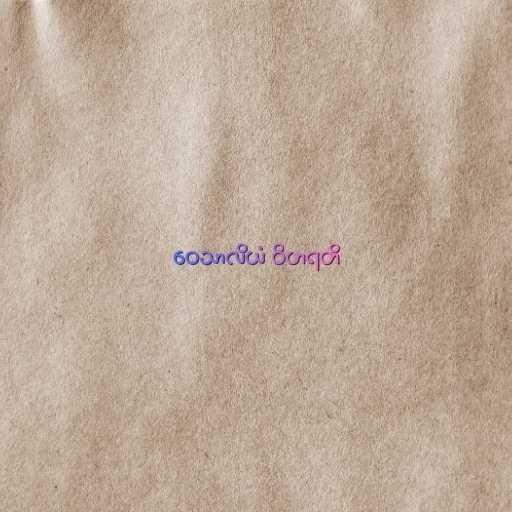
ဝေသာလိယံ ဝိဟရတိ